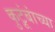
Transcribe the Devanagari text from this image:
कुटूंबांच्या